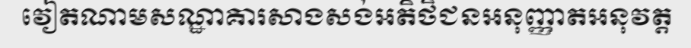
វៀតណាមសណ្ឋាគារសាងសង់អតិថិជនអនុញ្ញាតអនុវត្ត